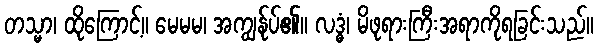
တသ္မာ၊ ထိုကြောင့်။ မေမမ၊ အကျွန်ုပ်၏။ လဒ္ဓံ၊ မိဖုရားကြီးအရာကိုရခြင်းသည်။